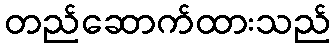
တည်ဆောက်ထားသည်